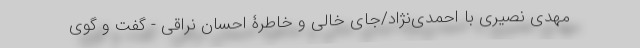
مهدی نصیری با احمدی‌نژاد/جای خالی و خاطرۀ احسان نراقی - گفت و گوی